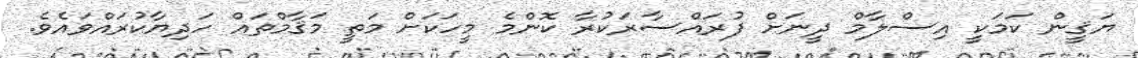
ޔަޤީން ކަމަކީ އިސްލާމް ދީނަށް ފުރައްސާރަކުރާ ކޮންމެ މީހަކަށް މަތީ މަޤާމްތައް ހަދިޔާކުރައްވައެވެ.